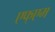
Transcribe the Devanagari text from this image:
एफ्एम